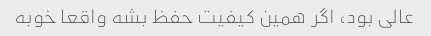
عالی بود، اگر همین کیفیت حفظ بشه واقعا خوبه